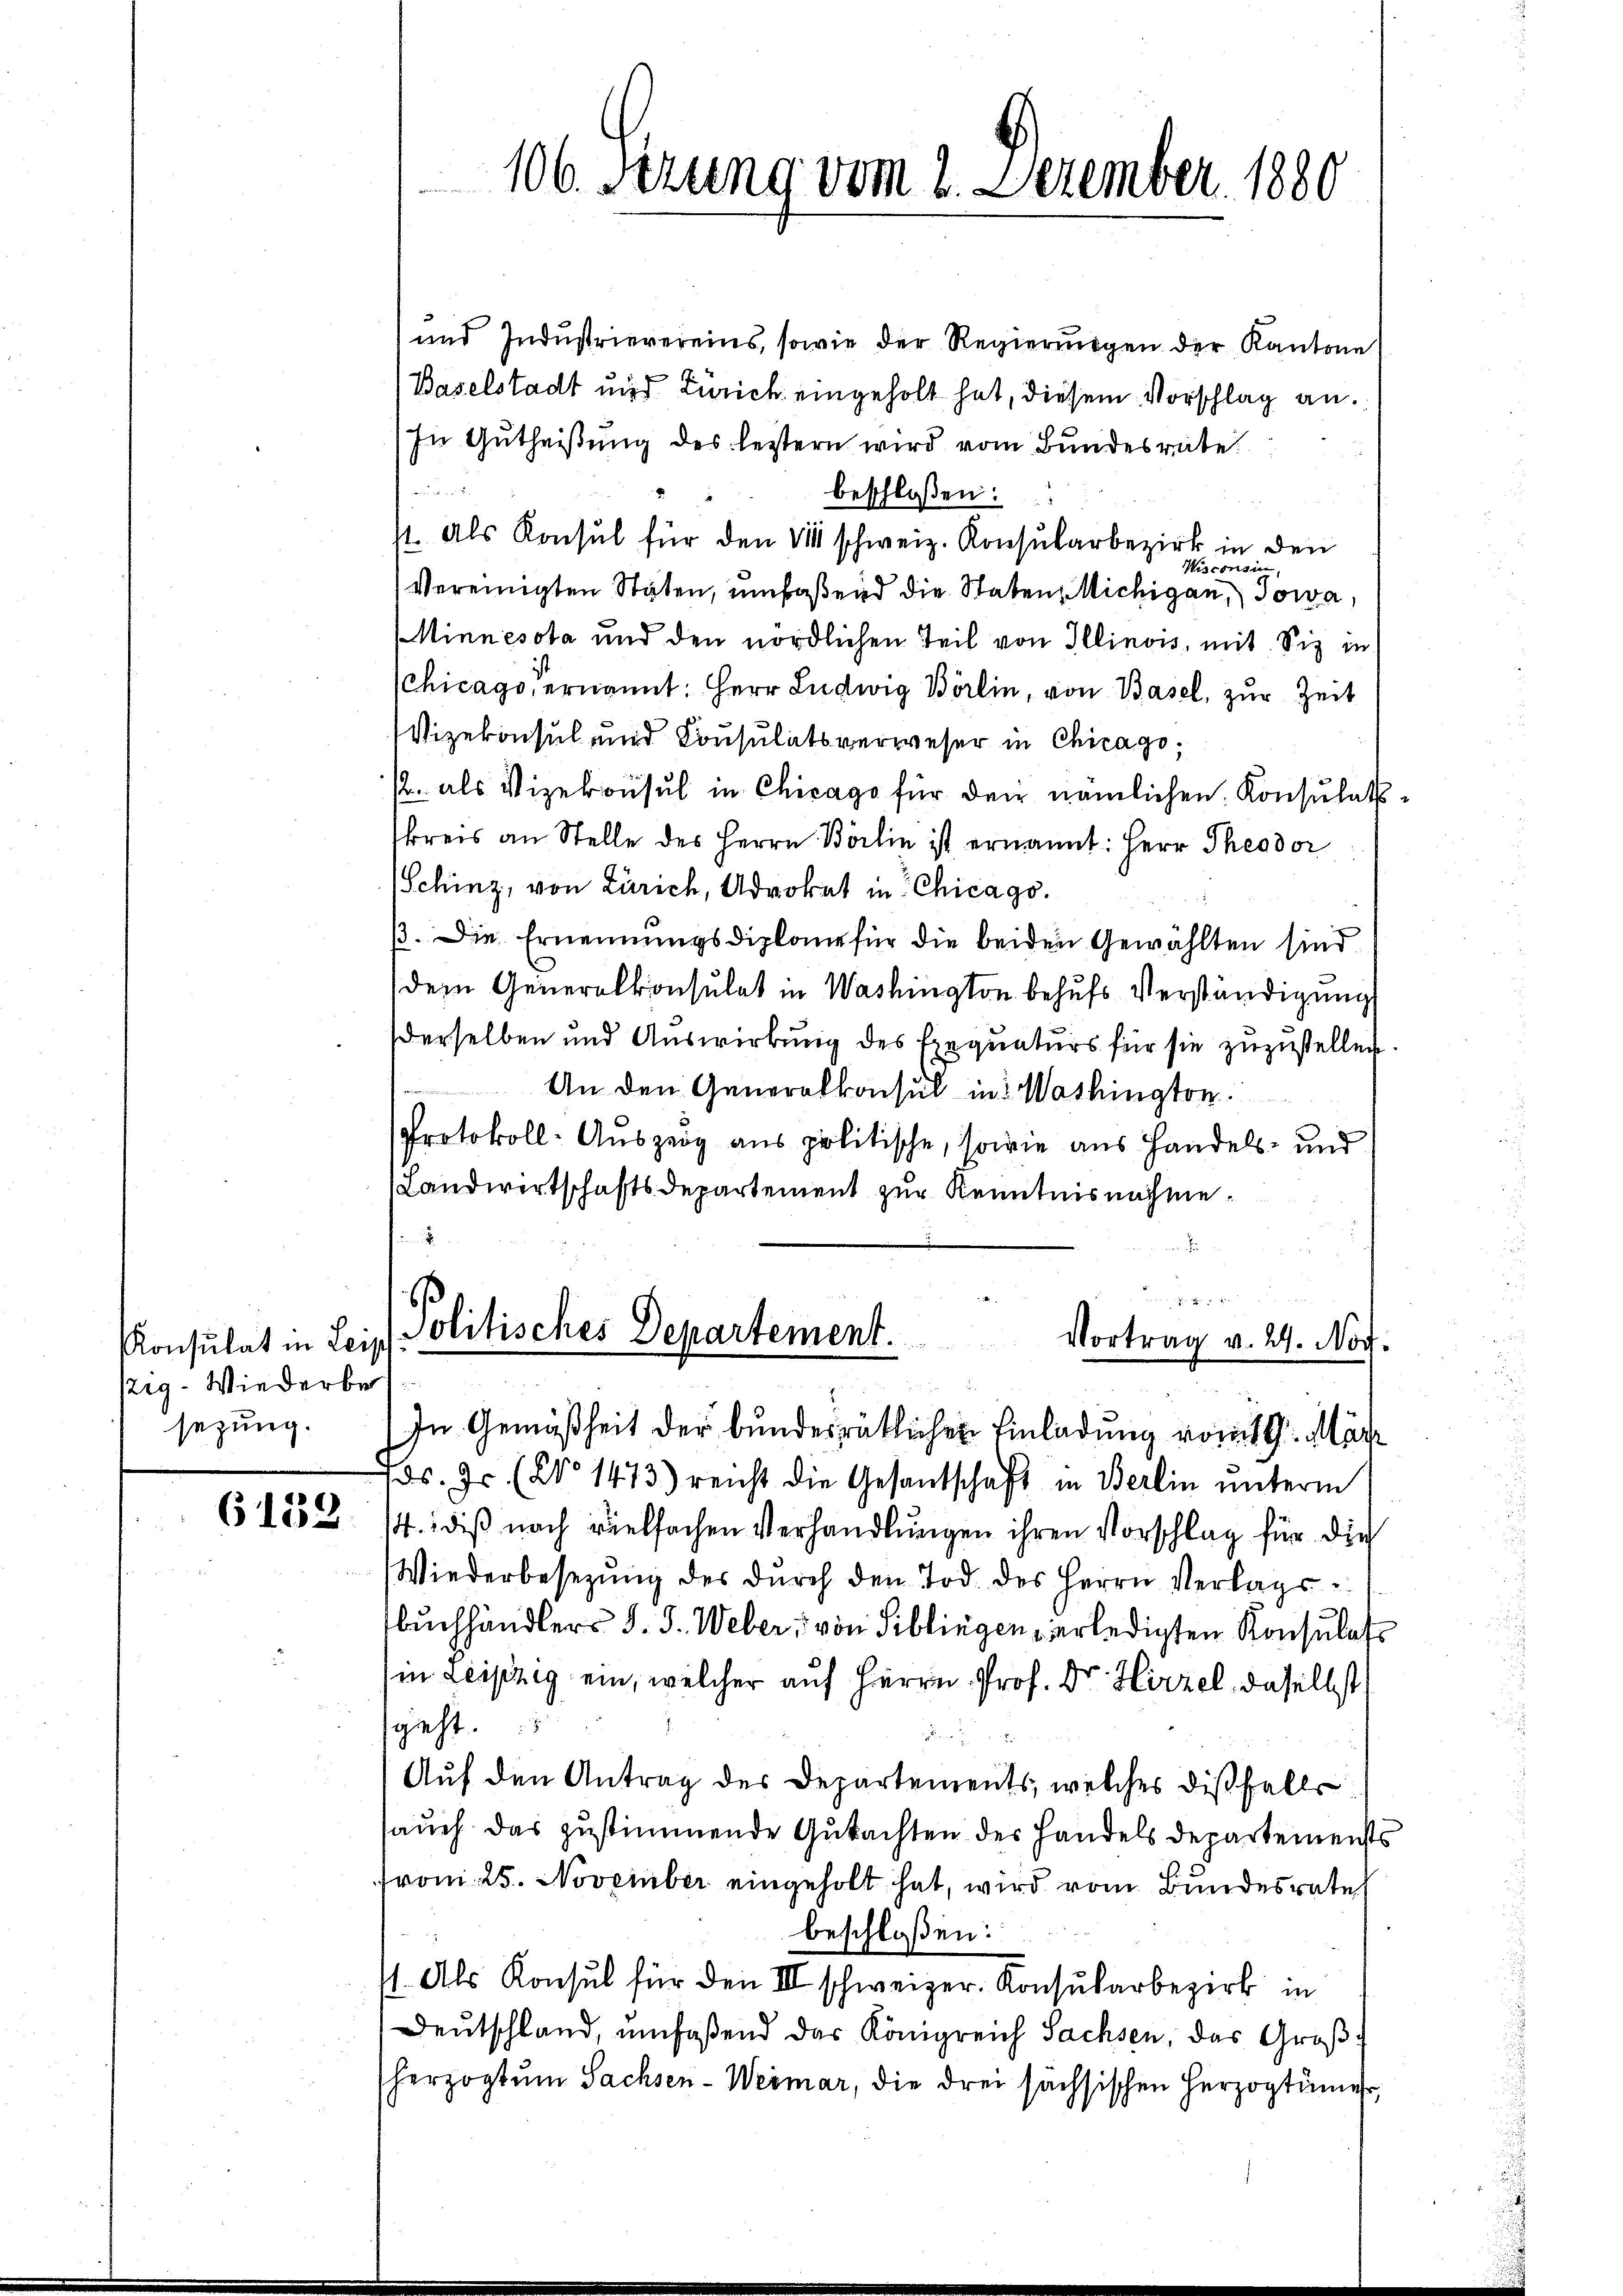
Konsulat in Leip
zig- Wiederbe
sezung.

6153

106. Serung vom 2. Dezember 1880

und Industrievereins, sowie der Regierungen der Kantone
Baselstadt und Zürich eingeholt hat, diesem Vorschlag an.
In Gutheißung des leistern wird vom Bundesrate
beschlossen:
11. Als Konsul für den 24 schweiz. Konsularbezirk in den
Wisconsin
vereinigten Stäten, umfaßend die Staten Michigan, Sowa,
Minnesota und den nördlichen Teil von Illinois, mit Siz in
Schicago ernannt: Herr Ludwig Börlin, von Basel, zur Zeit
Wizekonsul und Consulatsverweser in Chicago,
/. als Vizekonsul in Chicago für den nämlichen Konsulat-
kreis an Stelle des Herrn Berlin ist ernannt: Herr Theodor
Schinz, von Zürich, Advokat in Chicago.
ß. Die Ernennungsdiplane für die beiden Gewählten sind
dem Generalkonsulat in Washington behufs Verständigung
derselben und Auswirkung des Exequaturs für sie zuzustellen.
 An den Generalkonsul in: Washington
Protokoll-Auszeig aus politische, sowie aus Handels- und
Landwirtschaftsdepartement zur Kenntnisnahme.

1
Politisches Departement.
Vortrag v. 29. Nov.
In Gemäßheit der bundesrätlichen Einladung vom 9. März

ds. Js. (§ 1473) reicht die Gesantschaft in Berlin unterm
/4. diß noch vielfachen Verhandlungen ihren Vorschlag für die
Wiederbesetzŭng des dŭrch den Tod des Herrn Verlagsbuchhändlers J. J. Weber, von Siblingen erledigten Konsulat
in Leipzig ein, welcher auf Herrn Prof. Dr. Hirzel, daselbst
gieht.
Auf den Antrag des Departements, welches dißfalls
auch das zustimmende Gutachten des Handels Departements
from 25. November eingeholt hat, wird vom Bundesrate
beschloßen:
/1. Als Konsul für den III schweizer. Konsularbezirk in
Deutschland, umfaßend das Königreich Sachsen, das Großherzogtum Sachsen-Weimar, die drei sächsischen Herzogtümer,